Annual administration and progress report of the Indian Medical Department, Bombay
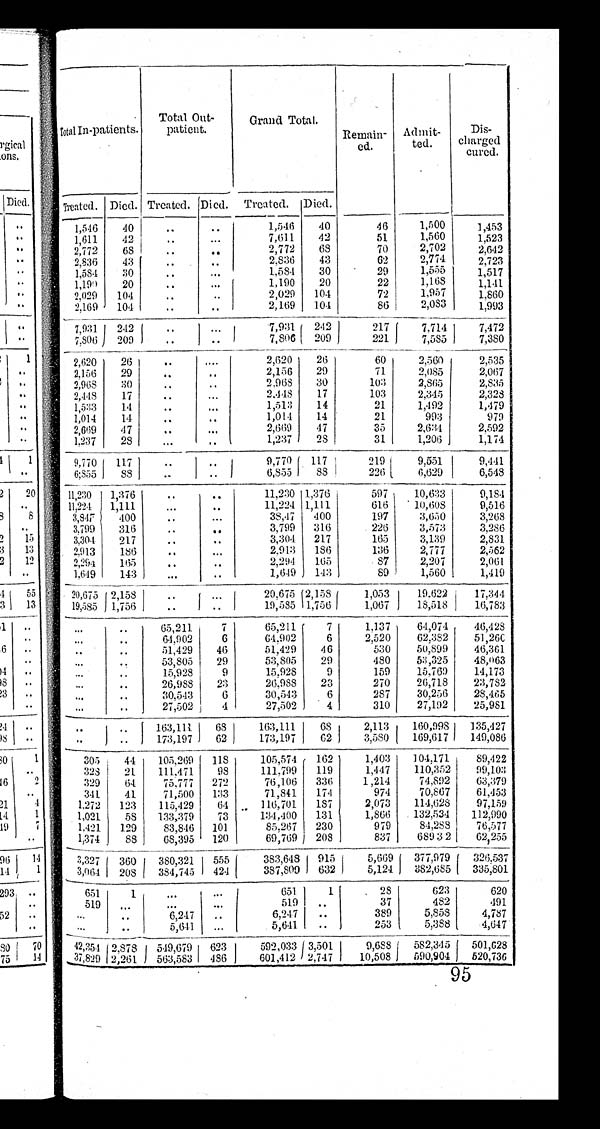
Total In-patients.
Total Out-
patient
Grand Total. Remain-
ed.
Admit-
t ed.
Dis-
charged
cured.
Treated. Died. Treated. Died. Treated. Died.
1 , 5 4 6 40
..
..
1,546 40
46 1,500 1, 453
1,611 42
..
. . .
7,611 42
51
1,560
1,523
2,772
6 8
. .
. .
2,772 68
70 2,702
2,642
2,836 43
..
..
2,836 43
62
2,774
2,723
1,584 30
..
. . .
1,584 30
29
1,555 1,517
1,190 20
..
. . .
1,190 20
22
1,168
1,141
2,029 104
. . ..
2,029 104
72
1,957 1,860
2,169 104
..
..
2,169 104
86 2,083
1 , 9 9 3
7,931
242
..
. . .
7,931 242
217
7.714 I 7,472
7,806 209 . .
. .
7,806 209
221
7,585 7,380
2,620 26 . .
....
2,620 26
60
2 , 5 6 0
2,535
2,156 29
. .
. .
2,156 29
71
2,085
2,067
2,968 30
. . ..
2,968 30
103
2,865
2,835
2,448 17
. . ...
2,448 17
103 2,345
2,328
1,533 14
. . ...
1,513 14
21
1,492
1,479
1,014 14 ..
..
1,014 14
21
993
979
2,669 47
. . . . .
2,669 47
35 2,634
2, 592
1,237 28
. . . ..
1,237 28
31
1,206
1,174
9,770 117
. .
. .
9,770 117
219
9,551
9, 441
6,855 88
. .
. .
6,855 88
226
6,629
6,548
11,230 1,376
. .
. .
11,230 1,376
597 10,633
9,184
11, 224 1,111
. . . ..
11,224 1,111
616 10,608
9,516
3,847 400
..
. . .
38,47 400
197 3,650 3,268
3.799 316 ..
..
3,799 316
226 3,573
3,286
3.304 217 ..
..
3,304 217
165 3,139
2,831
2,913 186
..
. . .
2,913 186
136 2,777
2,562
2,294 165
. . ..
2,294 165
87 2,207
2,061
1,649 143 . . .
..
1,649 143
89 1,560
1,419
20,675 2,158
. .
. . .
20,675 2,158
1,053 19.622 17,344
19,585 1,756 ..
..
19,585 1,756 1,067 18,518 16,783
. . . . .
65,211 7
65,211 7
1,137 64,074 46,428
. . . ..
64,902 6
64,902 6
2,520 62,382 51,260
. . . ..
51,429 46
51,429 46
530 50,899 46,361
. . . . . 53,805 29
53,805 29
480 53,325 48,063
. . .
. .
15,928 9
15,928 9
159 15,769 14,173
. . .
. .
26,988 23
26,988 23
270 26,718 23,782
. . .
. .
30,543 6
30,543 6
287 30,256 28,465
. . . . . 27,502 4
27,502 4
310 27,192 25,981
. .
. . 163,111 68
163,111 68
2,113 160,998 135,427
. . .. 173,19
7
62
173,197 62 3,580 169,617 149,086
305 44 105,269 118
105,574 162
1,403 104,171 89,422
328 21 111.471 98 111,799 119
1,447 110,352 99,103
329 64 75,777 272
76,106 336 1,214 74,892 63,379
341 41 71,500 133
71,841 174
974 70,867 61,453
1,272 123 115,429 64
1 1 6 , 7 0 1 1 1 6 , 7 0 1 187
2,073 114,628 97,159
1,021 58 133,379 73
134,400 131
1,866 132,534 112,990
1,421 129 83,846 101
85,267 230
979 84,288 76,577
1,374 88 68,395 120
69,769 208
837 6 8 , 9 3 2
62,255
3,327 360 380,321
5 5 5
383,648 915
5,669 377,979 326,537
3,06 4 208 384,745 424 387,809 632
5,124 382,685 335,801
651 1 ...
...
651
1
28
623
620
519 . . .
. . .
. . .
519 ..
37
482
491
. . . ..
6,247 ..
6.247 ..
389
5,858 4,787
. . . ..
5,641 ...
5,641 ..
253
5,388 4,647
42,354 2,878 549,679 623
592,033 3,501
9,688 582,345 501,628
37,829 2,261 563,583 486
601,412 2,747 10,508 590,904 520,736
95